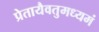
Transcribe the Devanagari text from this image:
प्रेतायैवतुमध्यमं